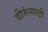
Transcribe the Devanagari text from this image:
वीरूंसाठी